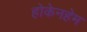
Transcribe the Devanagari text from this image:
होकेनहेम